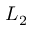
L _ { 2 }